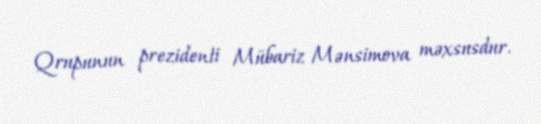
Qrupunun prezidenti Mübariz Mənsimova məxsusdur.